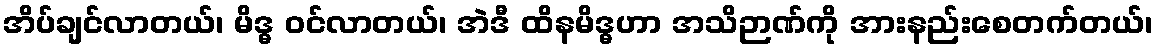
အိပ်ချင်လာတယ်၊ မိဒ္ဓ ဝင်လာတယ်၊ အဲဒီ ထိနမိဒ္ဓဟာ အသိဉာဏ်ကို အားနည်းစေတက်တယ်၊